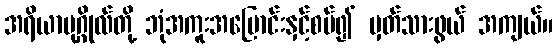
အရိယာပုဂ္ဂိုလ်တို့ ဘုံအကူးအပြောင်းနှင့်စပ်၍ မှတ်သားဖွယ် အကျယ်။